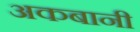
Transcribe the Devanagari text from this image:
अकबानी